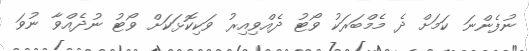
ނުފެންނަ ކަމަށް ދެ މެމްބަރަކު ވޯޓު ދެއްވިއިރު ވަކިކޮޅަކަށް ވޯޓު ނުދެއްވާ ނުވަ